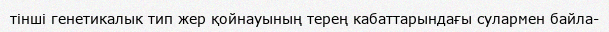
тінші генетикалык тип жер қойнауының терең кабаттарындағы сулармен байла-